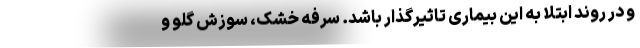
و در روند ابتلا به این بیماری تاثیرگذار باشد. سرفه خشک، سوزش گلو و